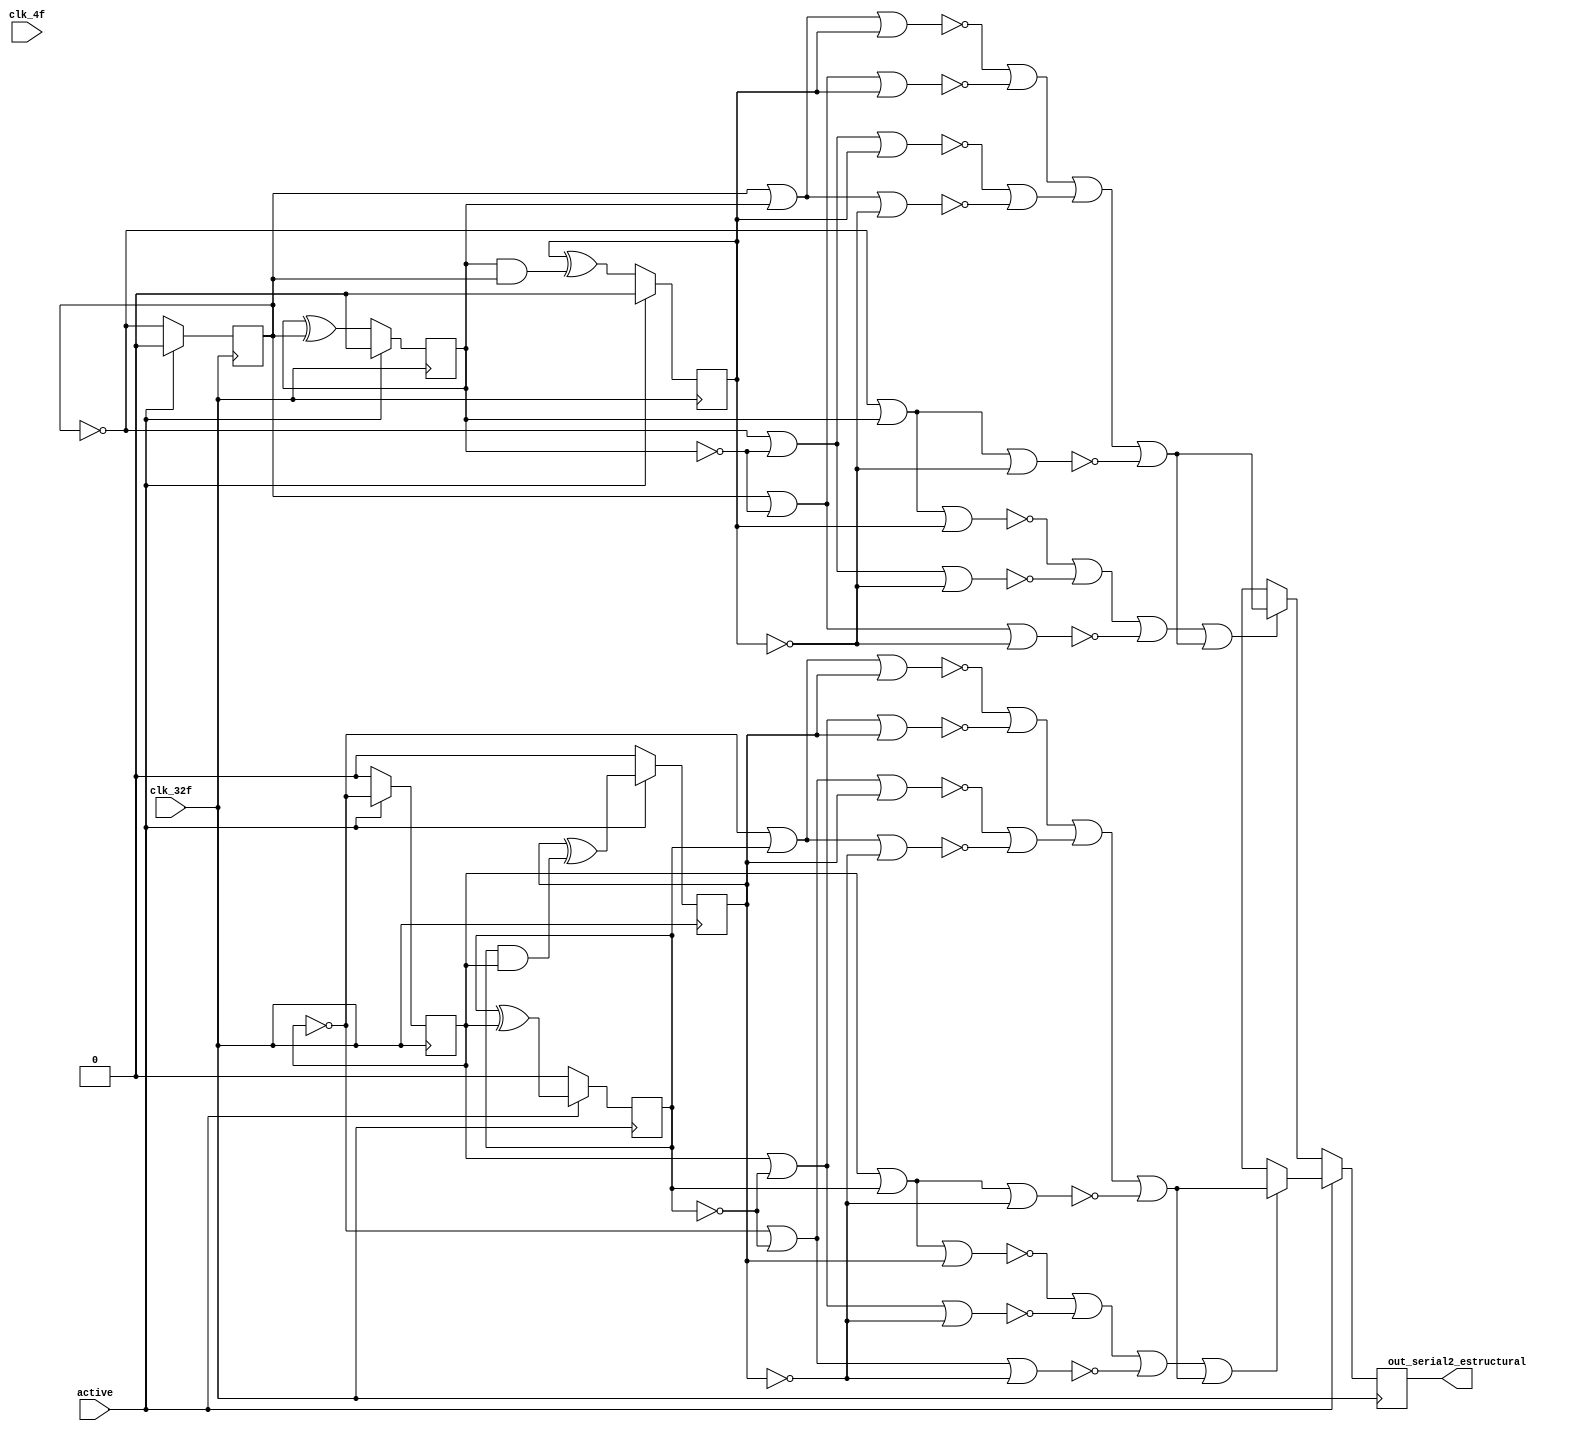
/* Generated by Yosys 0.9 (git sha1 1979e0b) */

(* top =  1  *)
(* src = "synth_PSRX.v:1" *)
module synth_PSRX(clk_4f, clk_32f, active, out_serial2_estructural);
  (* src = "synth_PSRX.v:9" *)
  wire _000_;
  (* src = "synth_PSRX.v:9" *)
  wire [2:0] _001_;
  (* src = "synth_PSRX.v:9" *)
  wire [2:0] _002_;
  (* src = "synth_PSRX.v:27" *)
  (* unused_bits = "3" *)
  wire [31:0] _003_;
  (* src = "synth_PSRX.v:44" *)
  (* unused_bits = "3" *)
  wire [31:0] _004_;
  wire _005_;
  wire _006_;
  wire _007_;
  wire _008_;
  wire _009_;
  wire _010_;
  wire _011_;
  wire _012_;
  wire _013_;
  wire _014_;
  wire _015_;
  wire _016_;
  wire _017_;
  wire [1:0] _018_;
  wire _019_;
  wire _020_;
  wire [1:0] _021_;
  wire _022_;
  wire _023_;
  wire _024_;
  wire [2:0] _025_;
  wire [2:0] _026_;
  wire _027_;
  wire _028_;
  wire _029_;
  wire _030_;
  wire _031_;
  wire _032_;
  wire _033_;
  wire _034_;
  wire _035_;
  wire _036_;
  wire _037_;
  wire _038_;
  wire _039_;
  wire _040_;
  wire _041_;
  wire _042_;
  wire _043_;
  wire _044_;
  wire _045_;
  wire _046_;
  wire _047_;
  wire _048_;
  wire _049_;
  wire _050_;
  wire _051_;
  wire _052_;
  wire _053_;
  wire _054_;
  wire _055_;
  wire _056_;
  wire _057_;
  wire _058_;
  (* src = "synth_PSRX.v:27|<techmap.v>:260|<techmap.v>:203" *)
  (* unused_bits = "2" *)
  wire [31:0] _059_;
  (* src = "synth_PSRX.v:44|PSRX.v:27|<techmap.v>:260|<techmap.v>:203" *)
  (* unused_bits = "2" *)
  wire [31:0] _060_;
  (* src = "synth_PSRX.v:22|PSRX.v:14|<techmap.v>:445" *)
  wire _061_;
  (* src = "synth_PSRX.v:39|PSRX.v:31|<techmap.v>:445" *)
  wire _062_;
  (* src = "synth_PSRX.v:3" *)
  input active;
  (* src = "synth_PSRX.v:2" *)
  input clk_32f;
  (* src = "synth_PSRX.v:1" *)
  input clk_4f;
  (* src = "synth_PSRX.v:4" *)
  output out_serial2_estructural;
  reg out_serial2_estructural;
  (* src = "synth_PSRX.v:6" *)
  reg [2:0] selector;
  (* src = "synth_PSRX.v:7" *)
  reg [2:0] selector_2;
  assign _027_ = _009_ |(* src = "synth_PSRX.v:39|PSRX.v:31" *)  _025_[2];
  assign _028_ = _010_ |(* src = "synth_PSRX.v:38|PSRX.v:31" *)  _025_[2];
  assign _029_ = _011_ |(* src = "synth_PSRX.v:37|PSRX.v:31" *)  _025_[2];
  assign _030_ = _012_ |(* src = "synth_PSRX.v:36|PSRX.v:31" *)  _025_[2];
  assign _009_ = _004_[0] |(* src = "synth_PSRX.v:35|PSRX.v:31" *)  _025_[1];
  assign _031_ = _009_ |(* src = "synth_PSRX.v:35|PSRX.v:31" *)  selector[2];
  assign _010_ = selector[0] |(* src = "synth_PSRX.v:34|PSRX.v:31" *)  _025_[1];
  assign _032_ = _010_ |(* src = "synth_PSRX.v:34|PSRX.v:31" *)  selector[2];
  assign _011_ = _004_[0] |(* src = "synth_PSRX.v:33|PSRX.v:31" *)  selector[1];
  assign _033_ = _011_ |(* src = "synth_PSRX.v:33|PSRX.v:31" *)  selector[2];
  assign _013_ = _003_[0] |(* src = "synth_PSRX.v:22|PSRX.v:14" *)  _026_[1];
  assign _034_ = _013_ |(* src = "synth_PSRX.v:22|PSRX.v:14" *)  _026_[2];
  assign _014_ = selector_2[0] |(* src = "synth_PSRX.v:21|PSRX.v:14" *)  _026_[1];
  assign _035_ = _014_ |(* src = "synth_PSRX.v:21|PSRX.v:14" *)  _026_[2];
  assign _015_ = _003_[0] |(* src = "synth_PSRX.v:20|PSRX.v:14" *)  selector_2[1];
  assign _036_ = _015_ |(* src = "synth_PSRX.v:20|PSRX.v:14" *)  _026_[2];
  assign _037_ = _016_ |(* src = "synth_PSRX.v:19|PSRX.v:14" *)  _026_[2];
  assign _038_ = _013_ |(* src = "synth_PSRX.v:18|PSRX.v:14" *)  selector_2[2];
  assign _039_ = _014_ |(* src = "synth_PSRX.v:17|PSRX.v:14" *)  selector_2[2];
  assign _040_ = _015_ |(* src = "synth_PSRX.v:16|PSRX.v:14" *)  selector_2[2];
  assign _017_ = _053_ | _047_;
  assign _005_ = _017_ | _046_;
  assign _018_[0] = _052_ | _051_;
  assign _018_[1] = _050_ | _048_;
  assign _019_ = _018_[0] | _018_[1];
  assign _006_ = _019_ | _049_;
  assign _020_ = _043_ | _055_;
  assign _007_ = _020_ | _056_;
  assign _021_[0] = _044_ | _042_;
  assign _021_[1] = _041_ | _058_;
  assign _022_ = _021_[0] | _021_[1];
  assign _008_ = _022_ | _057_;
  assign _062_ = _007_ |(* src = "synth_PSRX.v:39|PSRX.v:31|<techmap.v>:445" *)  _008_;
  assign _061_ = _005_ |(* src = "synth_PSRX.v:22|PSRX.v:14|<techmap.v>:445" *)  _006_;
  assign _012_ = selector[0] |(* src = "synth_PSRX.v:32|PSRX.v:31" *)  selector[1];
  assign _023_ = _012_ |(* src = "synth_PSRX.v:32|PSRX.v:31" *)  selector[2];
  assign _016_ = selector_2[0] |(* src = "synth_PSRX.v:15|PSRX.v:14" *)  selector_2[1];
  assign _024_ = _016_ |(* src = "synth_PSRX.v:15|PSRX.v:14" *)  selector_2[2];
  assign _055_ = ~(* src = "synth_PSRX.v:39|PSRX.v:31" *) _027_;
  assign _056_ = ~(* src = "synth_PSRX.v:38|PSRX.v:31" *) _028_;
  assign _057_ = ~(* src = "synth_PSRX.v:37|PSRX.v:31" *) _029_;
  assign _058_ = ~(* src = "synth_PSRX.v:36|PSRX.v:31" *) _030_;
  assign _041_ = ~(* src = "synth_PSRX.v:35|PSRX.v:31" *) _031_;
  assign _042_ = ~(* src = "synth_PSRX.v:34|PSRX.v:31" *) _032_;
  assign _043_ = ~(* src = "synth_PSRX.v:33|PSRX.v:31" *) _033_;
  assign _044_ = ~(* src = "synth_PSRX.v:32|PSRX.v:31" *) _023_;
  assign _046_ = ~(* src = "synth_PSRX.v:22|PSRX.v:14" *) _034_;
  assign _047_ = ~(* src = "synth_PSRX.v:21|PSRX.v:14" *) _035_;
  assign _048_ = ~(* src = "synth_PSRX.v:20|PSRX.v:14" *) _036_;
  assign _049_ = ~(* src = "synth_PSRX.v:19|PSRX.v:14" *) _037_;
  assign _050_ = ~(* src = "synth_PSRX.v:18|PSRX.v:14" *) _038_;
  assign _051_ = ~(* src = "synth_PSRX.v:17|PSRX.v:14" *) _039_;
  assign _052_ = ~(* src = "synth_PSRX.v:16|PSRX.v:14" *) _040_;
  assign _053_ = ~(* src = "synth_PSRX.v:15|PSRX.v:14" *) _024_;
  assign _000_ = active ? (* src = "synth_PSRX.v:12" *) _045_ : _054_;
  assign _002_[0] = active ? (* src = "synth_PSRX.v:12" *) _003_[0] : 1'h0;
  assign _002_[1] = active ? (* src = "synth_PSRX.v:12" *) _003_[1] : 1'h0;
  assign _002_[2] = active ? (* src = "synth_PSRX.v:12" *) _003_[2] : 1'h0;
  assign _001_[0] = active ? (* src = "synth_PSRX.v:12" *) 1'h0 : _004_[0];
  assign _001_[1] = active ? (* src = "synth_PSRX.v:12" *) 1'h0 : _004_[1];
  assign _001_[2] = active ? (* src = "synth_PSRX.v:12" *) 1'h0 : _004_[2];
  assign _054_ = _062_ ? (* src = "synth_PSRX.v:39|PSRX.v:31|<techmap.v>:445" *) _008_ : 1'hx;
  assign _045_ = _061_ ? (* src = "synth_PSRX.v:22|PSRX.v:14|<techmap.v>:445" *) _006_ : 1'hx;
  (* src = "synth_PSRX.v:9" *)
  always @(posedge clk_32f)
      selector[0] <= _001_[0];
  (* src = "synth_PSRX.v:9" *)
  always @(posedge clk_32f)
      selector[1] <= _001_[1];
  (* src = "synth_PSRX.v:9" *)
  always @(posedge clk_32f)
      selector[2] <= _001_[2];
  (* src = "synth_PSRX.v:9" *)
  always @(posedge clk_32f)
      selector_2[0] <= _002_[0];
  (* src = "synth_PSRX.v:9" *)
  always @(posedge clk_32f)
      selector_2[1] <= _002_[1];
  (* src = "synth_PSRX.v:9" *)
  always @(posedge clk_32f)
      selector_2[2] <= _002_[2];
  (* src = "synth_PSRX.v:9" *)
  always @(posedge clk_32f)
      out_serial2_estructural <= _000_;
  assign _060_[1] = selector[1] &(* src = "synth_PSRX.v:44|PSRX.v:27|<techmap.v>:260|<techmap.v>:221" *)  selector[0];
  assign _025_[2] = selector[2] ^(* src = "synth_PSRX.v:36|PSRX.v:31" *)  1'h1;
  assign _025_[1] = selector[1] ^(* src = "synth_PSRX.v:34|PSRX.v:31" *)  1'h1;
  assign _004_[0] = selector[0] ^(* src = "synth_PSRX.v:33|PSRX.v:31" *)  1'h1;
  assign _026_[2] = selector_2[2] ^(* src = "synth_PSRX.v:19|PSRX.v:14" *)  1'h1;
  assign _026_[1] = selector_2[1] ^(* src = "synth_PSRX.v:17|PSRX.v:14" *)  1'h1;
  assign _003_[0] = selector_2[0] ^(* src = "synth_PSRX.v:16|PSRX.v:14" *)  1'h1;
  assign _003_[1] = selector_2[1] ^(* src = "synth_PSRX.v:27|<techmap.v>:263" *)  selector_2[0];
  assign _003_[2] = selector_2[2] ^(* src = "synth_PSRX.v:27|<techmap.v>:263" *)  _059_[1];
  assign _004_[1] = selector[1] ^(* src = "synth_PSRX.v:44|PSRX.v:27|<techmap.v>:263" *)  selector[0];
  assign _004_[2] = selector[2] ^(* src = "synth_PSRX.v:44|PSRX.v:27|<techmap.v>:263" *)  _060_[1];
  assign _059_[1] = selector_2[1] &(* src = "synth_PSRX.v:27|<techmap.v>:260|<techmap.v>:221" *)  selector_2[0];
  assign _003_[31:4] = 28'h0000000;
  assign _004_[31:4] = 28'h0000000;
  assign _025_[0] = selector[0];
  assign _026_[0] = _003_[0];
  assign { _059_[31:2], _059_[0] } = { 29'h00000000, _003_[3], selector_2[0] };
  assign { _060_[31:2], _060_[0] } = { 29'h00000000, _004_[3], selector[0] };
endmodule